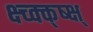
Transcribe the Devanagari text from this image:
क्ष्च्क्क्ष्क्ष्